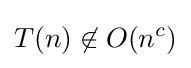
T(n)\not \in O(n^{c})